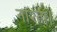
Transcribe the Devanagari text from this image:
नाश्ता।